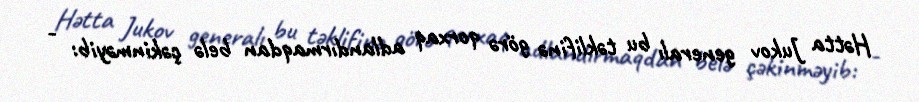
Hətta Jukov generalı bu təklifinə görə qorxaq adlandırmaqdan belə çəkinməyib: -